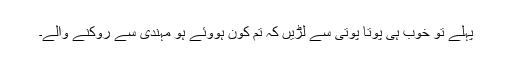
پہلے تو خوب ہی پوتا پوتی سے لڑیں کہ تم کون ہووئے ہو مہندی سے روکنے والے۔